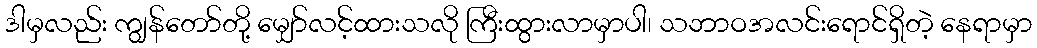
ဒါမှလည်း ကျွန်တော်တို့ မျှော်လင့်ထားသလို ကြီးထွားလာမှာပါ၊ သဘာဝအလင်းရောင်ရှိတဲ့ နေရာမှာ